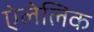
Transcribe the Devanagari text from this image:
ऐलेलिक